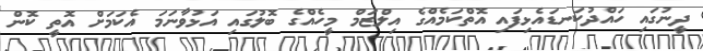
ދީނުގައި ހައްދުކަނޑައެޅިފައި އޮތްކަމެއްގެ އިލްޒަމް މީހެއްގެ ބޮލުގައި އަޅުވާނަމަ އެކަމަށް އޮތީ ކޮން